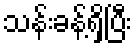
သန်းခန့်ရှိပြီး